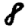
Digit: 8